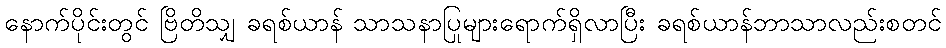
နောက်ပိုင်းတွင် ဗြိတိသျှ ခရစ်ယာန် သာသနာပြုများရောက်ရှိလာပြီး ခရစ်ယာန်ဘာသာလည်းစတင်